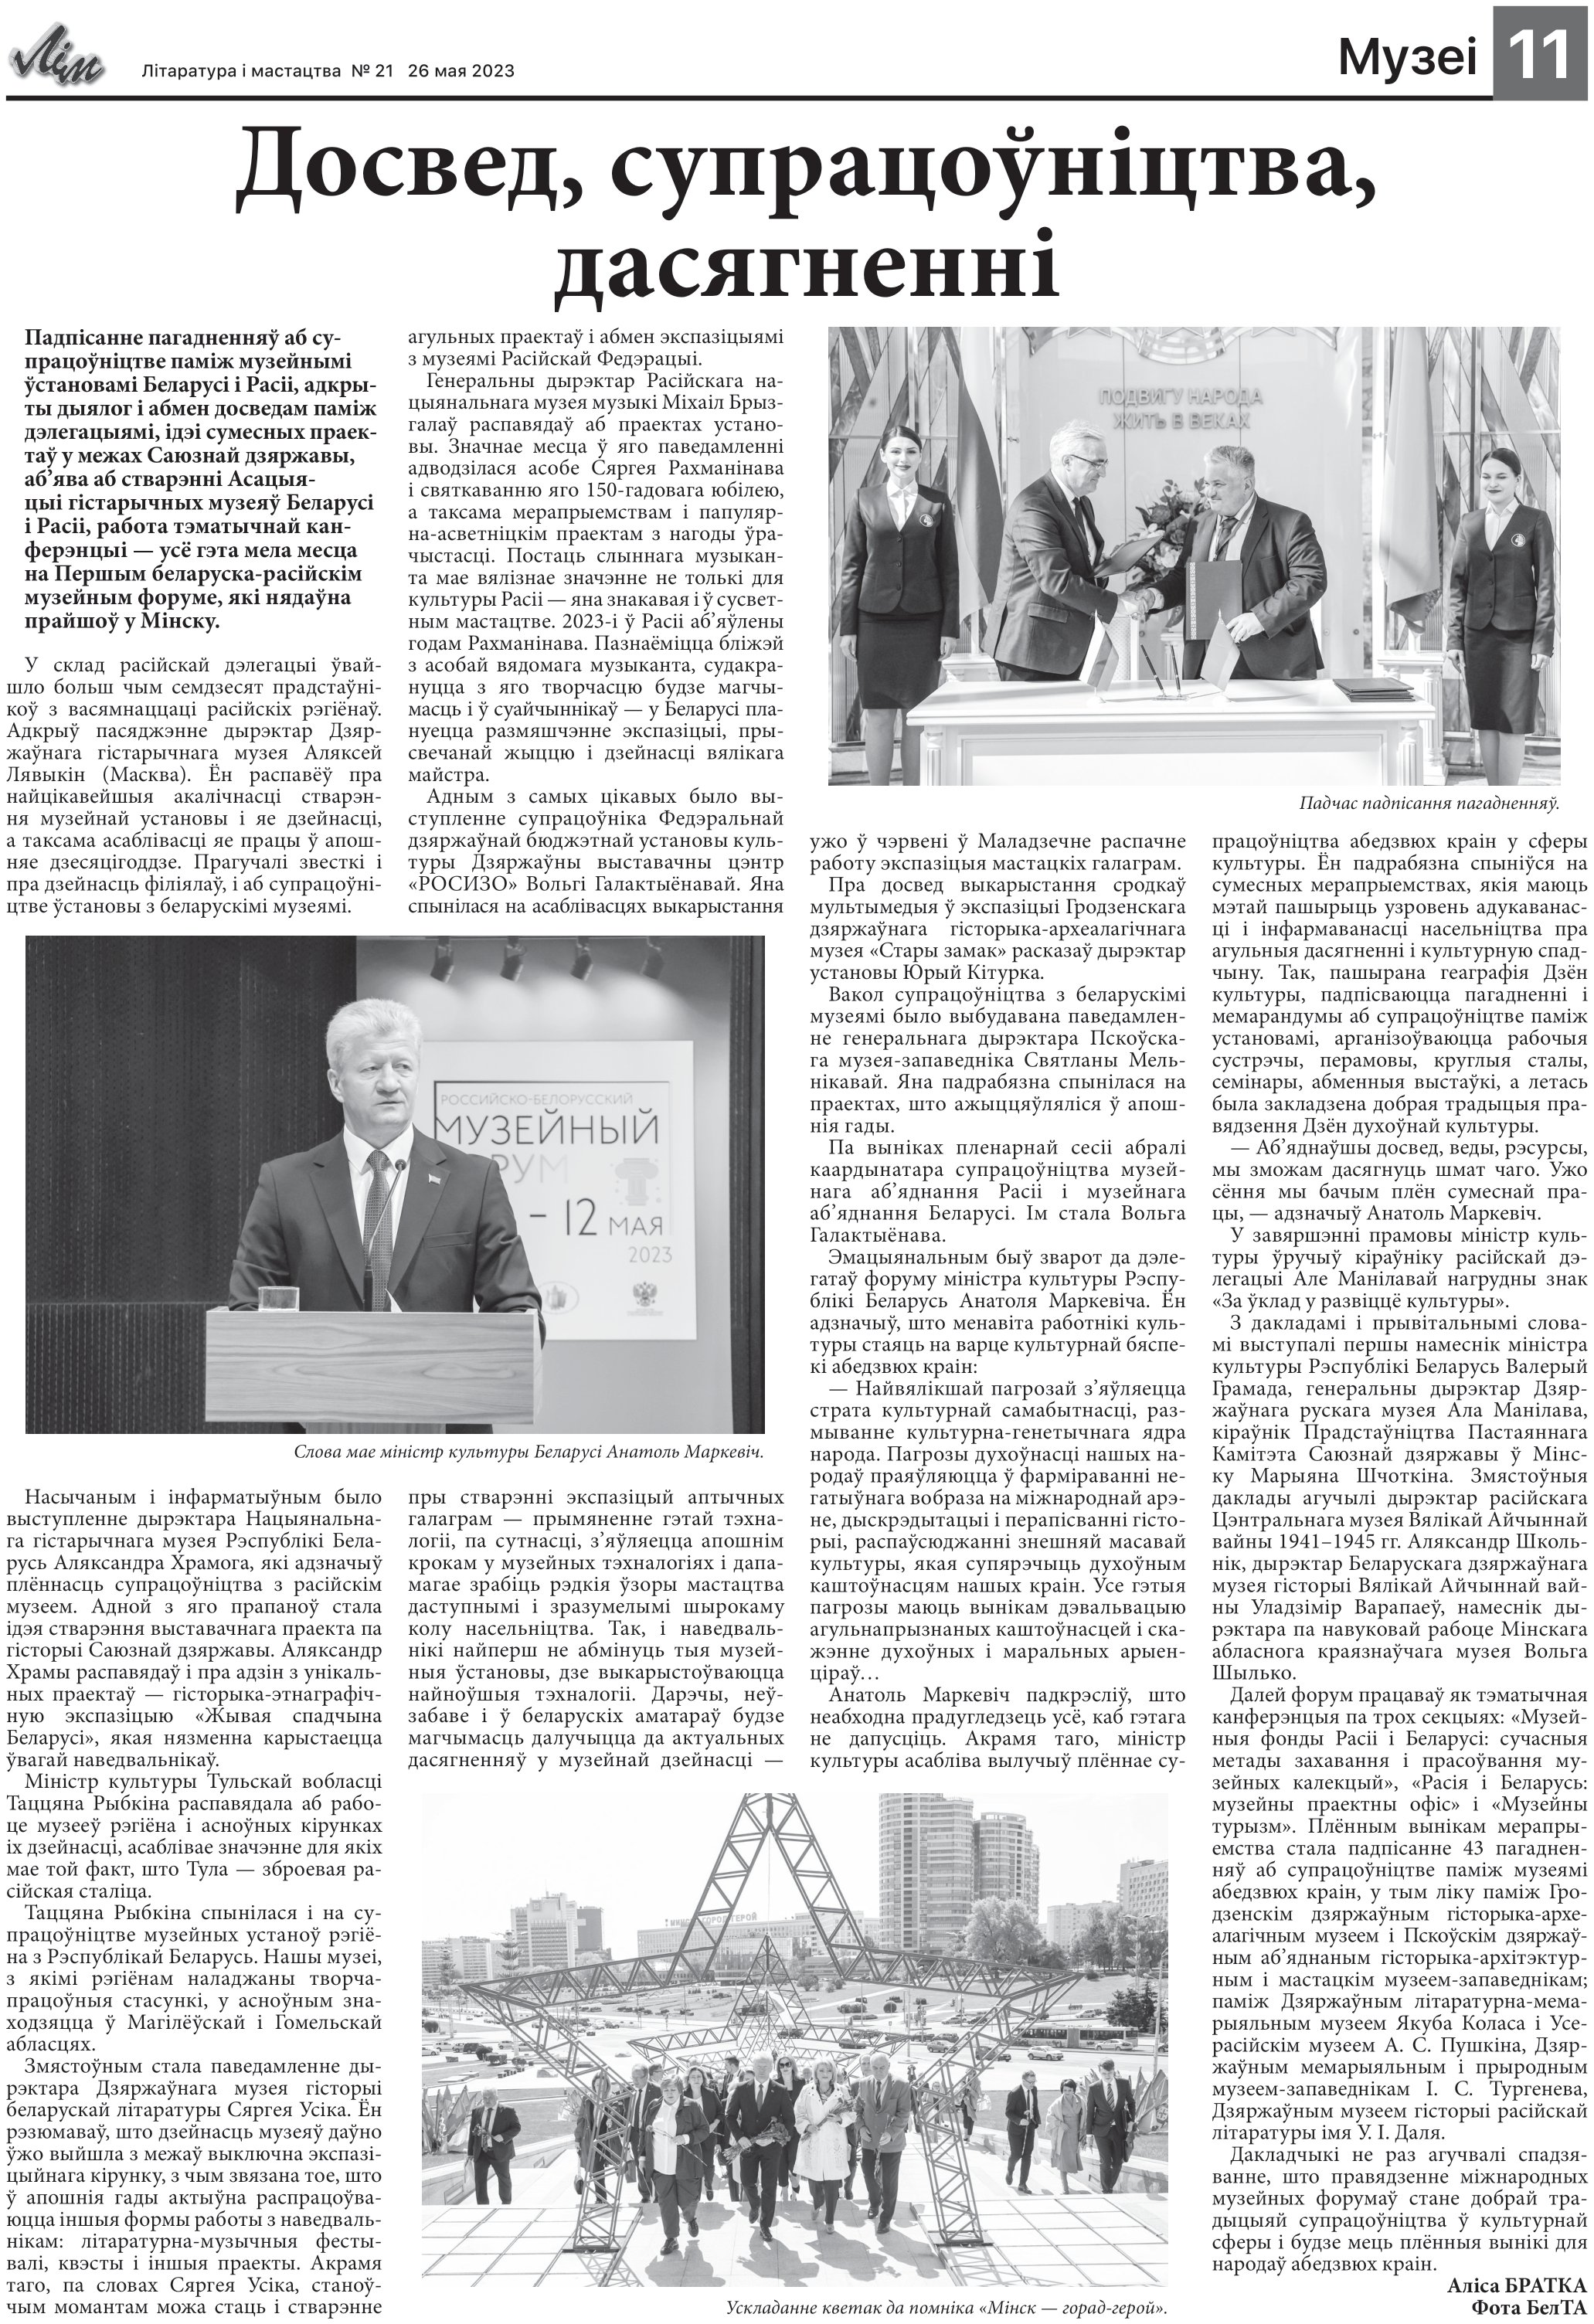
Language: be